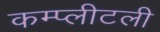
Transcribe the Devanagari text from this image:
कम्प्लीटली